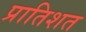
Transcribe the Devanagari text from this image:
प्रातिशत